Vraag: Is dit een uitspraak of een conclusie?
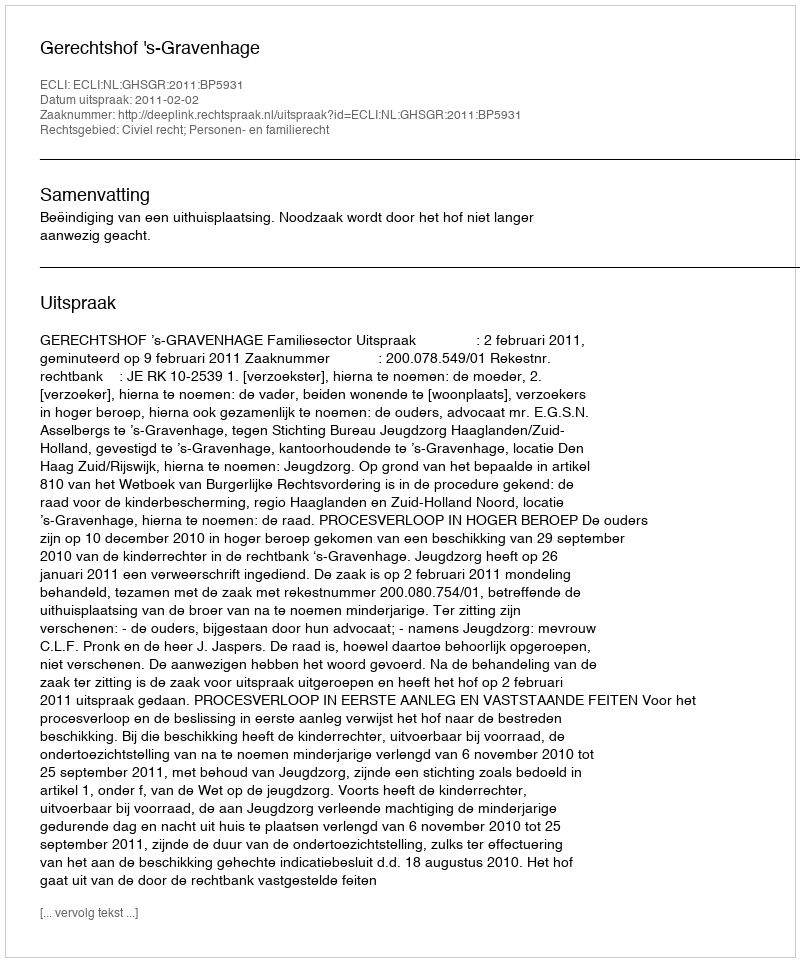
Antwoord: Uitspraak